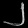
Digit: ၂